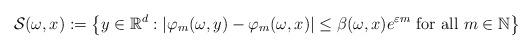
LaTeX: \begin{align*} \mathcal{S} (\omega,x) := \left\{ y \in \mathbb{R}^d : | \varphi_m(\omega,y) - \varphi_m(\omega,x)| \leq \beta (\omega,x) e^{\varepsilon m} \textrm{ for all } m \in \mathbb{N} \right\}\end{align*}